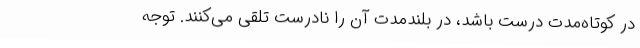
در کوتاه‌مدت درست باشد، در بلندمدت آن را نادرست تلقی می‌کنند. توجه